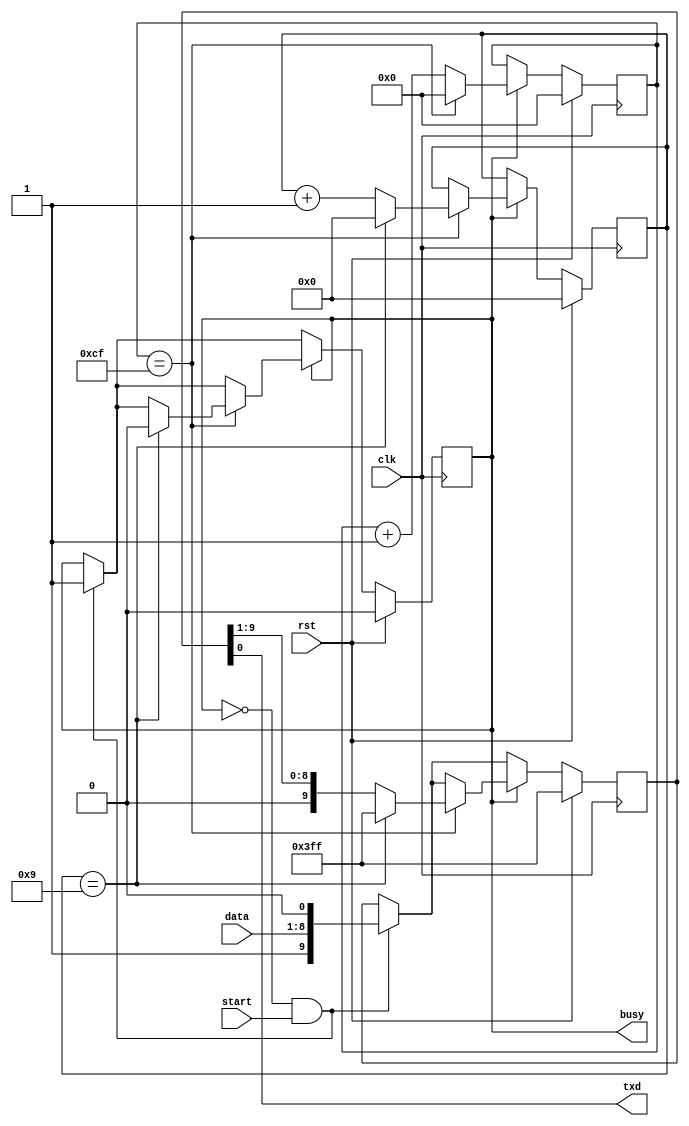
`define DIV 208 // 24MHz / 208 = 115200bps

module TX8(clk, rst, data, txd, start, busy);
    input clk, rst, start;
    input [7:0] data;
    output      txd, busy;
    reg [7:0]   cnt; // note: adjust bit width for DIV
    reg [3:0]   n_bit;
    reg 	       r_busy;
    reg [9:0]   tdata;
    assign txd = tdata[0], busy = r_busy;
   
    always @(posedge clk) begin
        if (rst == 1'b1) begin
            cnt <= 0; n_bit <= 0;
            r_busy <= 0;
            tdata <= 10'b1111111111;
        end
        else begin
            if (r_busy == 0 && start == 1) begin
                r_busy <= 1;
                tdata <= {1'b1, data, 1'b0};
            end
            if (r_busy == 1) begin
                cnt <= cnt + 1;
                if (cnt == `DIV - 1) begin
                    cnt <= 0;
                    n_bit <= n_bit + 1;
                    tdata[9:0] <= {1'b0, tdata[9:1]};
                    if (n_bit == 9) begin
                        r_busy <= 0;
                        n_bit <= 0;
                        cnt <= 0;
                        tdata <= 10'b1111111111;
                    end
                end
            end
        end
    end
endmodule

module RX8(clk, rst, rxd, data, ready);
    input clk, rst, rxd;
    output [7:0] data;
    output 	ready;
    reg [7:0]   cnt; // note: adjust bit width for DIV
    reg [3:0]   n_bit;
    reg [9:0]   rdata;
    reg [2:0]   rxdb0; // @bit=5, 12, 19
    reg 	       rxdb;
    reg 	       r_ready;
    reg [7:0]   data;
   
    assign ready = r_ready;

    always @(rxdb0) begin
        case (rxdb0)
            3'b000 : rxdb <= 0;
            3'b001 : rxdb <= 0;
            3'b010 : rxdb <= 0;
            3'b011 : rxdb <= 1;
            3'b100 : rxdb <= 0;
            3'b101 : rxdb <= 1;
            3'b110 : rxdb <= 1;
            3'b111 : rxdb <= 1;
        endcase
    end
   
    always @(posedge clk) begin
        if (rst == 1'b1) begin
            cnt <= 0; n_bit <= 0;
            r_ready <= 0;
            rdata <= 0; rxdb0 <= 0;
            data <= 0;
        end
        else begin
            if (n_bit == 0 && rxd == 0) begin
                n_bit <= 1;
            end
            if (n_bit != 0) begin
                cnt <= cnt + 1;
                if (cnt == (`DIV/4)-1) rxdb0[0] <= rxd;
                if (cnt == (`DIV/2)-1) rxdb0[1] <= rxd;
                if (cnt == (`DIV*3/4)-1) rxdb0[2] <= rxd;
                if (cnt == `DIV - 1) begin
/*
                if (cnt == 52 - 1) rxdb0[0] <= rxd;
                if (cnt == 104 - 1) rxdb0[1] <= rxd;
                if (cnt == 156 - 1) rxdb0[2] <= rxd;
                if (cnt == 208 - 1) begin
*/
                    cnt <= 0;
                    n_bit <= n_bit + 1;
                    rdata[9:0] <= {rxdb, rdata[9:1]};
                    if (n_bit == 9) begin
                        r_ready <= 0;
                    end
                    if (n_bit == 10) begin
                        data <= rdata[9:2];
                        r_ready <= 1;
                        n_bit <= 0;
                        cnt <= 0;
                    end
                end
            end
        end
    end
endmodule